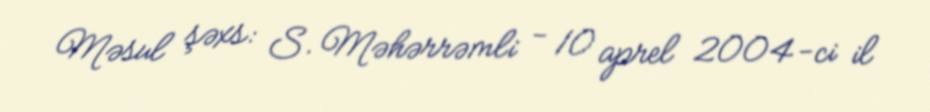
Məsul şəxs: S. Məhərrəmli - 10 aprel 2004-ci il